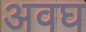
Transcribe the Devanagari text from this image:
अवघ